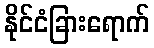
နိုင်ငံခြားရောက်